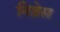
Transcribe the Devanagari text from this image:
निष्ठेस